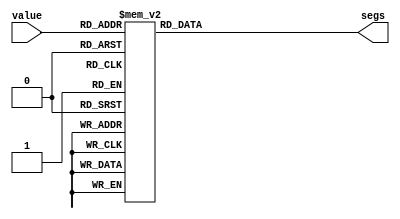
/*
   This file was generated automatically by Alchitry Labs version 1.2.1.
   Do not edit this file directly. Instead edit the original Lucid source.
   This is a temporary file and any changes made to it will be destroyed.
*/

module matrix_lut_18 (
    input [3:0] value,
    output reg [7:0] segs
  );
  
  
  
  always @* begin
    
    case (value)
      1'h0: begin
        segs = 8'h80;
      end
      1'h1: begin
        segs = 8'h40;
      end
      2'h2: begin
        segs = 8'h20;
      end
      2'h3: begin
        segs = 8'h10;
      end
      3'h4: begin
        segs = 8'h01;
      end
      3'h5: begin
        segs = 8'h02;
      end
      3'h6: begin
        segs = 8'h04;
      end
      3'h7: begin
        segs = 8'h08;
      end
      4'h8: begin
        segs = 8'h00;
      end
      4'h9: begin
        segs = 8'hff;
      end
      default: begin
        segs = 8'h00;
      end
    endcase
  end
endmodule